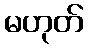
မဟုတ်